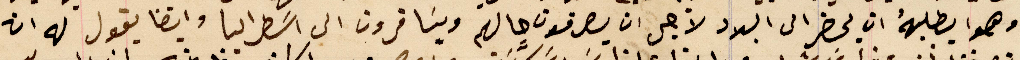
وهو يطلبهُ ان يحضر الى البلاد لاجل ان يعرفون حالهم ويسَافرون الى اسَطراليا وايضا يقول له ان